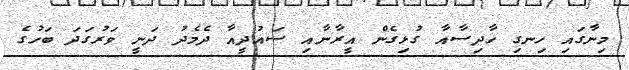
މިނާގައި ހިނގި ހާދިސާއާ ގުޅިގެން އީރާނާއި ސައުދީއާ ދެމެދު ދަނީ ވަރުގަދަ ބަހުގެ